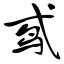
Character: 鸢